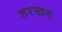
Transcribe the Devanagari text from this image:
तरखड